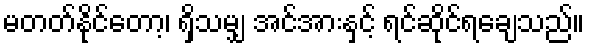
မတတ်နိုင်တော့၊ ရှိသမျှ အင်အားနှင့် ရင်ဆိုင်ရချေသည်။